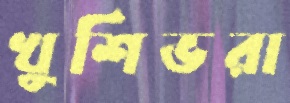
খুশিভরা